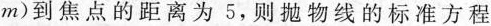
m)到焦点的距离为5，则抛物线的标准方程